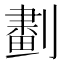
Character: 𠟱